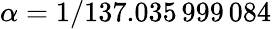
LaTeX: \alpha=1/137.035\, 999\, 084